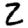
Digit: 2